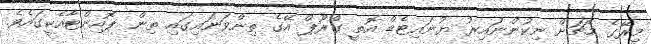
މިރޭގެ މެޗަށް ނިކުންނައިރު ޔުނައިޓެޑް އޮތީ ގްރޫޕް އޭގެ ތިންވަނައިގައި ތިން ޕޮއިންޓާއެކީގައެވެ.